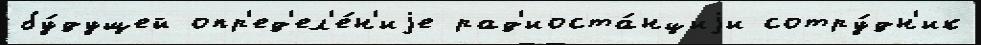
бу́дущей опр'ед'ел'е́н'иjе рад'иоста́нциjи сотру́дн'ик